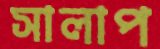
সালাপ